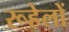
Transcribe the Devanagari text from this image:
रूहेलों